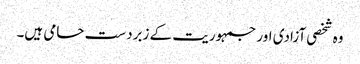
وہ شخصی آزادی اور جمہوریت کے زبردست حامی ہیں۔